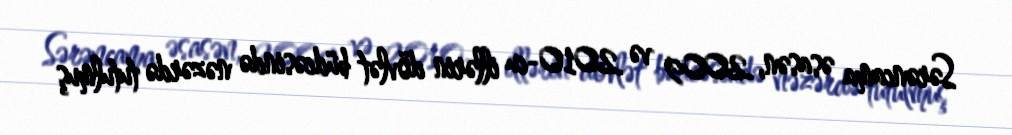
Sərəncama əsasən, 2009 və 2010-cu illərin dövlət büdcəsində nəzərdə tutulmuş